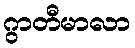
ဂွာတီမာလာ